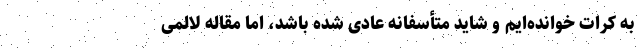
به کرات خوانده‌ایم و شاید متأسفانه عادی شده باشد، اما مقاله لالمی